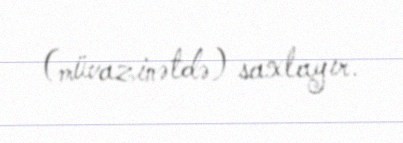
(müvazinətdə) saxlayır.